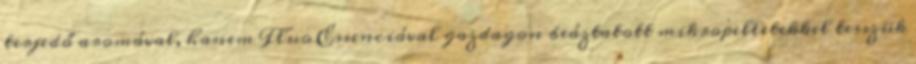
terjedő aromával, hanem Fluo Essenciával gazdagon beáztatott mikropelletekkel tesszük